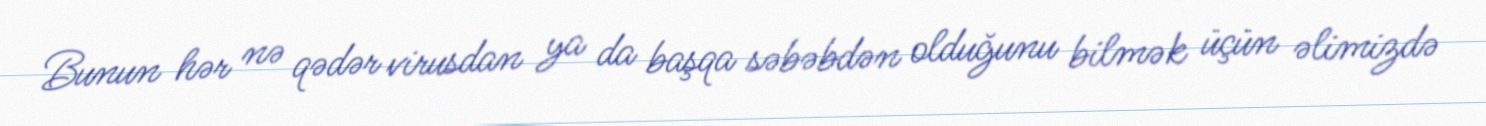
Bunun hər nə qədər virusdan ya da başqa səbəbdən olduğunu bilmək üçün əlimizdə